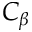
C _ { \beta }